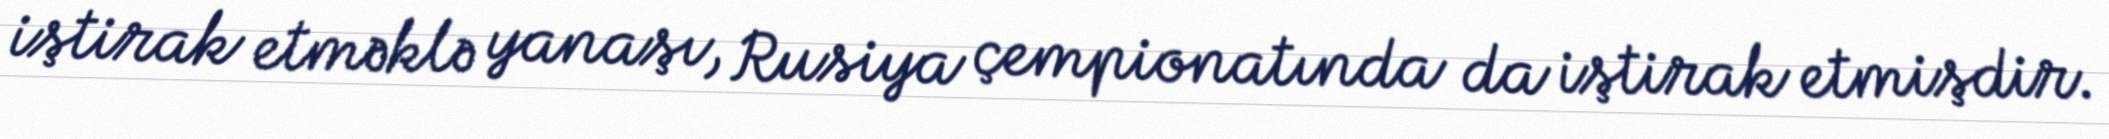
iştirak etməklə yanaşı, Rusiya çempionatında da iştirak etmişdir.